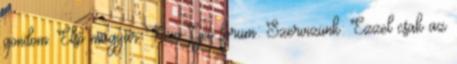
gondom. Első magyar Neo-Geo forum: Szervizünk: Ezzel csak az